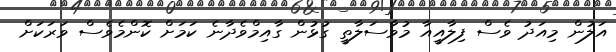
އަލުން މިއަދު ވެސް ފިލާއީއާ މުވާސަލާތީ ގުޅުން ގާއިމްވެދާނެ ކަމަށް ކޮންމެވެސް ވަރަކަށް